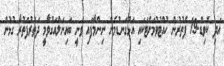
އަދި ކޮވިޑް-19 ފެތުރުން ހުއްޓުވުމަށްޓަކައި އަޅުގަނޑުމެން ނިންމާފައި ވަނީ ބައިނަލްއަގުވާމީ ދަތުރުފަތުރާ ގުޅުން